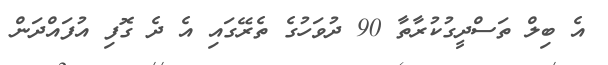
އެ ބިލް ތަސްދީގުކުރާތާ 90 ދުވަހުގެ ތެރޭގައި އެ ދެ ގޮފި އުފައްދަން